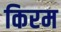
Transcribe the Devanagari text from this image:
किरम